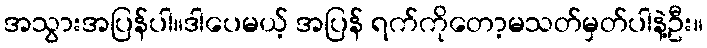
အသွားအပြန်ပါ။ဒါပေမယ့် အပြန် ရက်ကိုတော့မသတ်မှတ်ပါနဲ့ဦး။